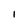
Character: I